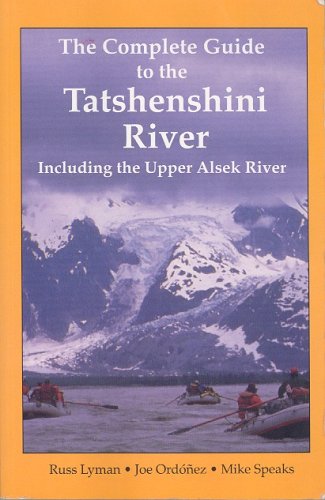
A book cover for The Complete Guide to the Tatshenshini River: Including the Upper Alsek River; Russ Lyman; Sports & Outdoors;